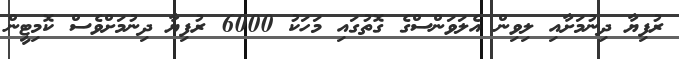
ރުފިޔާ ދިނުމަށާއި ލިވިން އެލަވަންސްގެ ގޮތުގައި މަހަކު 6000 ރުފިޔާ ދިނުމަށްވެސް ކޮމިޓީން